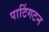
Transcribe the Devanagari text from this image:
पाटिंगटन